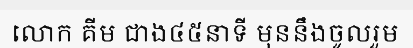
លោក គីម ជាង៤៥នាទី មុននឹងចូលរួម